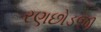
રણછોડજી